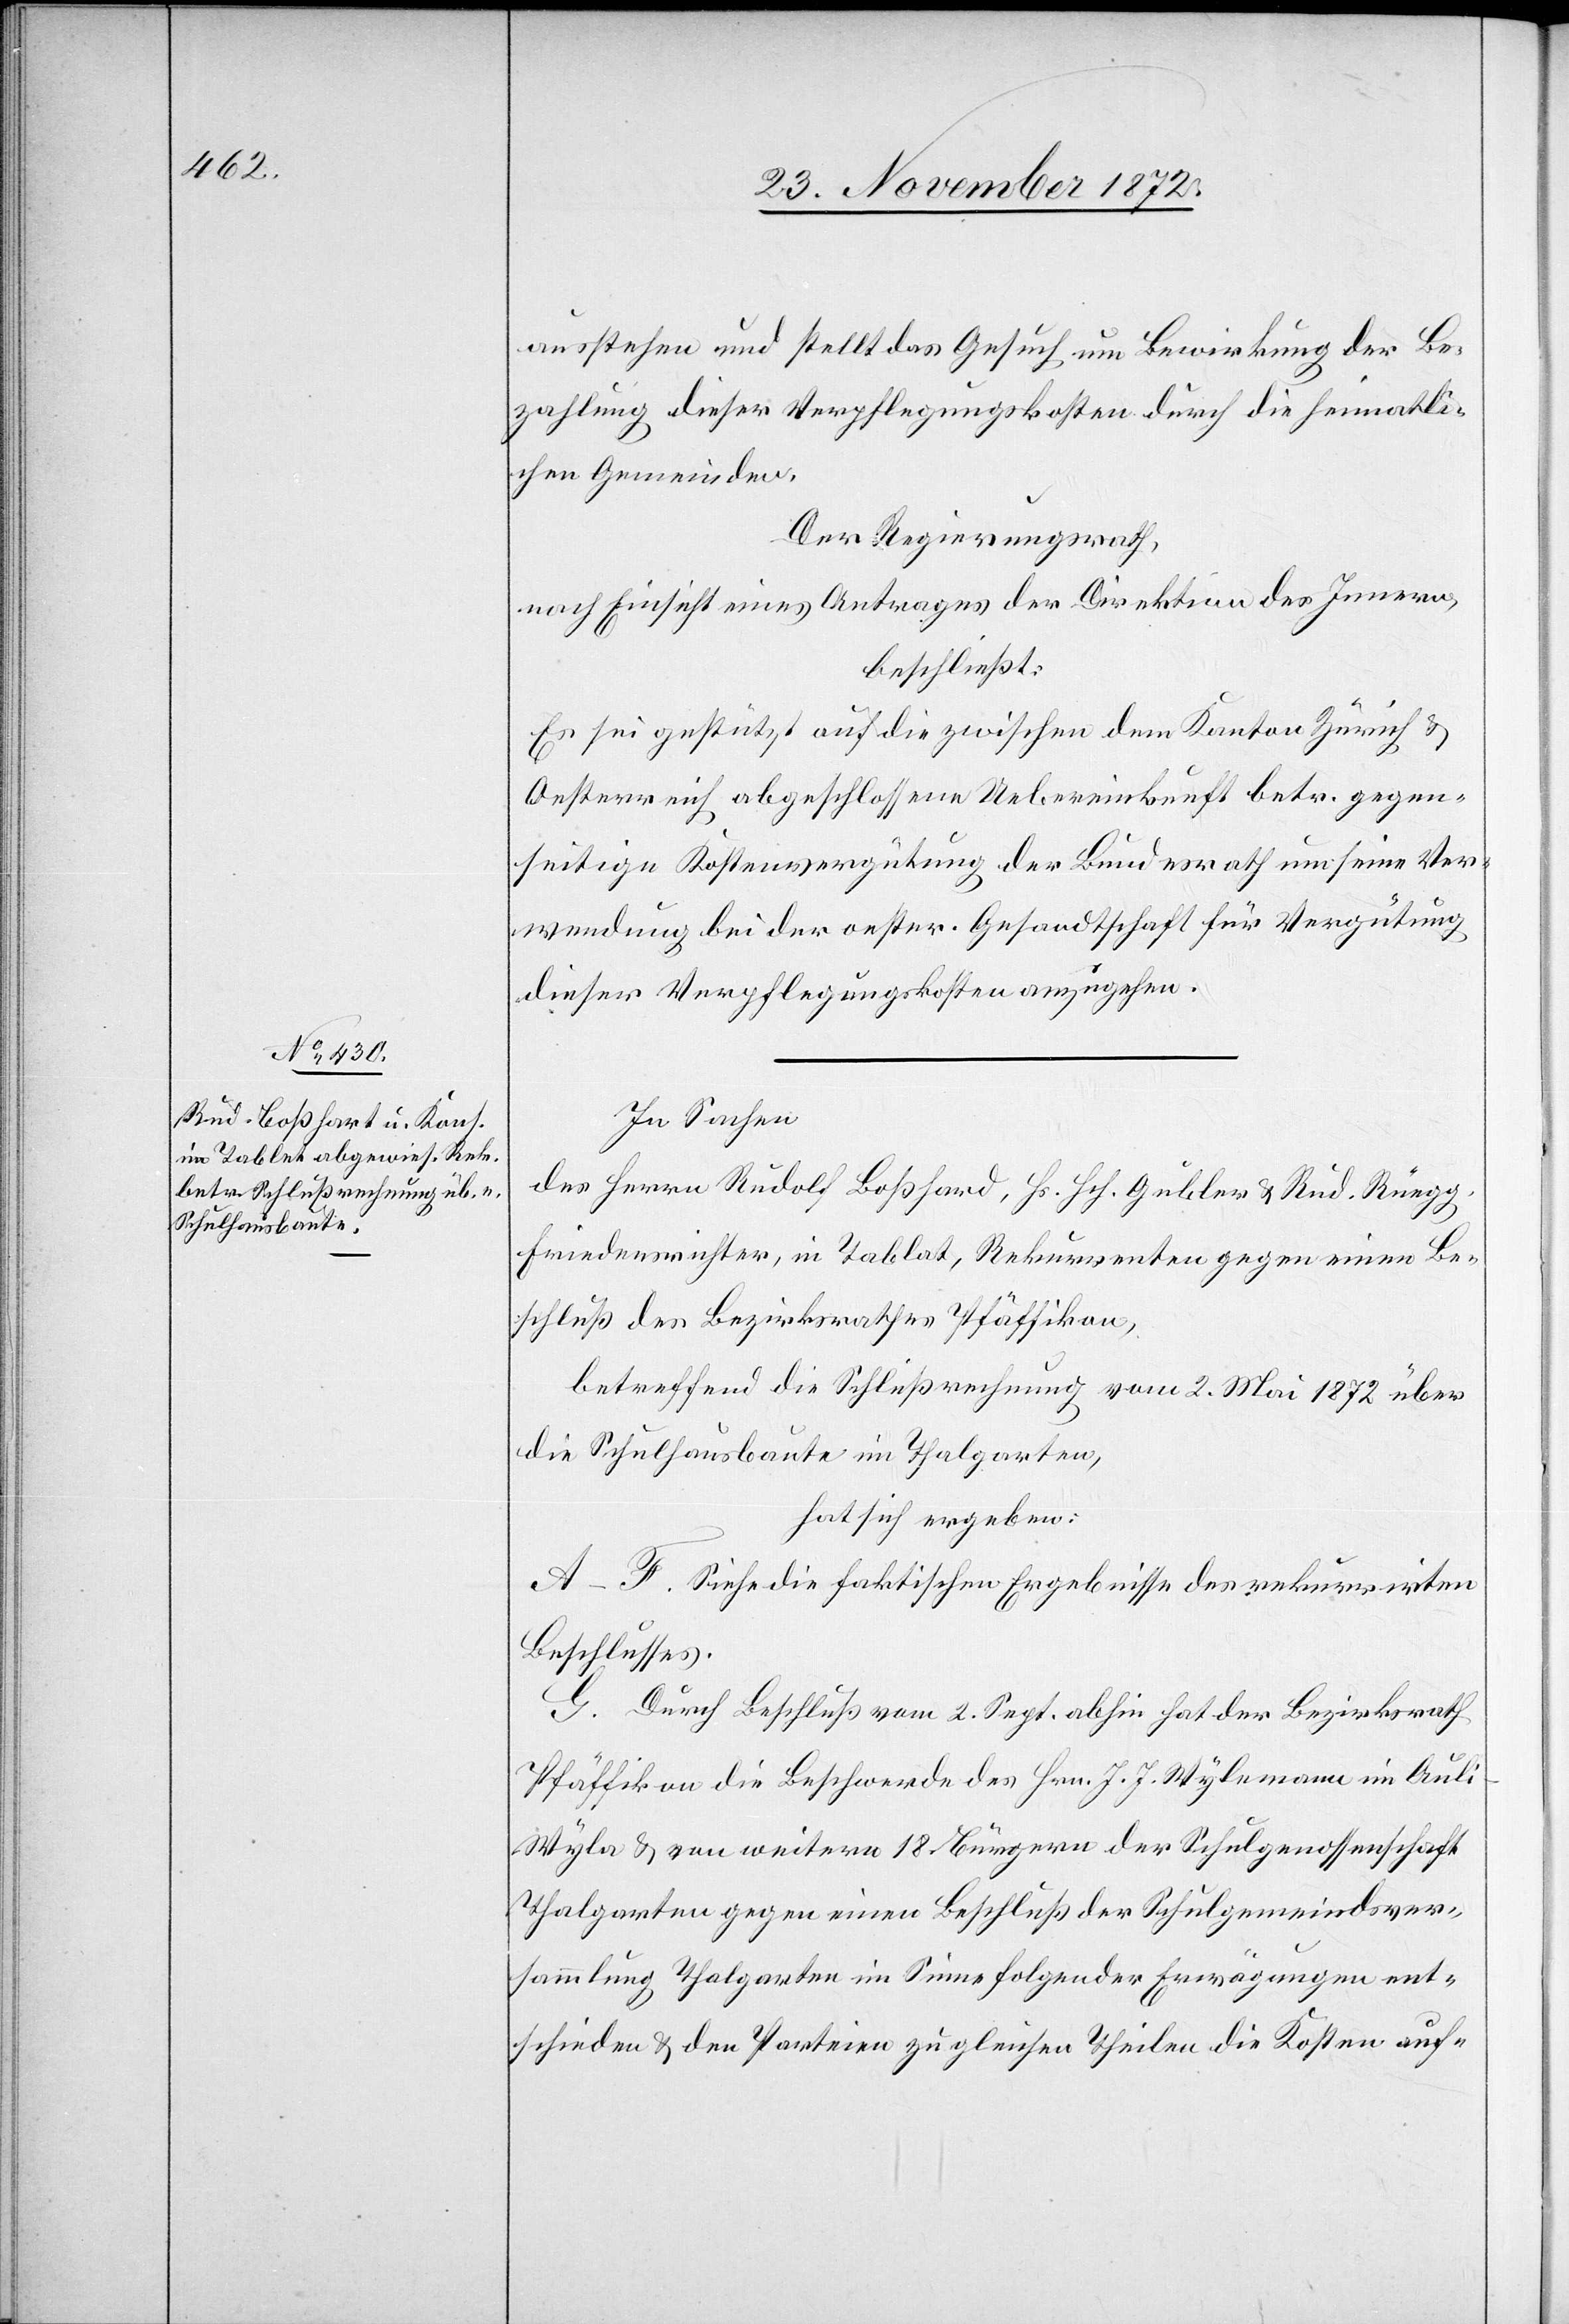
ausstehen und stellt das Gesuch um Bewirkung der Be¬
zahlung dieser Verpflegungskosten durch die heimatli¬
chen Gemeinden.
Der Regierungsrath,
nach Einsicht eines Antrages der Direktion des Innern,
beschließt:
Es sei gestützt auf die zwischen dem Kanton Zürich u.
Oesterreich abgeschlossene Uebereinkunft betr. gegen¬
seitige Kostenvergütung der Bundesrath um seine Ver¬
wendung bei der oester. Gesandtschaft für Vergütung
dieser Verpflegungskosten anzugehen.
In Sachen
des Herrn Rudolf Boßhard, Hs. Hch. Gubler u. Rud. Rüegg,
Friedensrichter, in Tablat [sic!], Rekurrenten gegen einen Be¬
schluß des Bezirksrathes Pfäffikon,
betreffend die Schlußrechnung vom 2. Mai 1872 über
die Schulhausbaute im Thalgarten,
hat sich ergeben:
A–F. Siehe die faktischen Ergebnisse des rekurrirten
Beschlusses.
G. Durch Beschluß vom 2. Sept. abhin hat der Bezirksrath
Pfäffikon an die Beschwerde des Hrn. J. J. Wylemann im Aul¬
i-Wyla u. von weitern 18. Bürgern der Schulgenossenschaft
Thalgarten gegen einen Beschluß der Schulgemeindsver¬
sammlung Thalgarten im Sinne folgender Erwägungen ent¬
schieden u. den Parteien zu gleichen Theilen die Kosten auf-